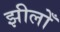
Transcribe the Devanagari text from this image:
झीलोँ